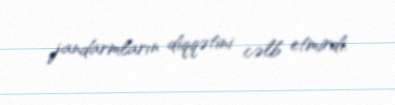
jandarmların diqqətini cəlb etmirdi.